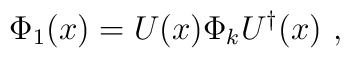
\Phi_1 (x) = U(x) \Phi_k U^\dagger (x) \ ,